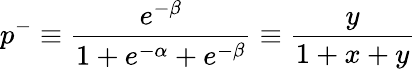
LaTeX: p^{-}\equiv\frac{e^{-\beta}}{1+e^{-\alpha}+e^{-\beta}}\equiv\frac{y}{1+x+y}